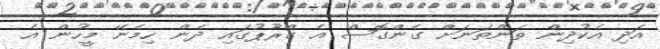
އަދި އެކުދިން ތަންތަނަށް ގެންގޮސް އެ ގްރޫޕުގައި ދެން ހިމެނޭ މީހުން އެ